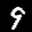
Label: 9